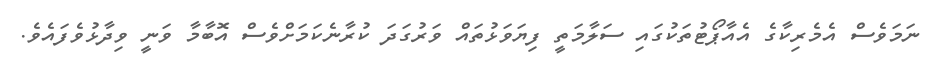
ނަމަވެސް އެމެރިކާގެ އެއާޕޯޓުތަކުގައި ސަލާމަތީ ފިޔަވަޅުތައް ވަރުގަދަ ކުރާނެކަމަށްވެސް އޮބާމާ ވަނީ ވިދާޅުވެފައެވެ.